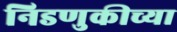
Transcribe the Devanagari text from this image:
निडणुकीच्या